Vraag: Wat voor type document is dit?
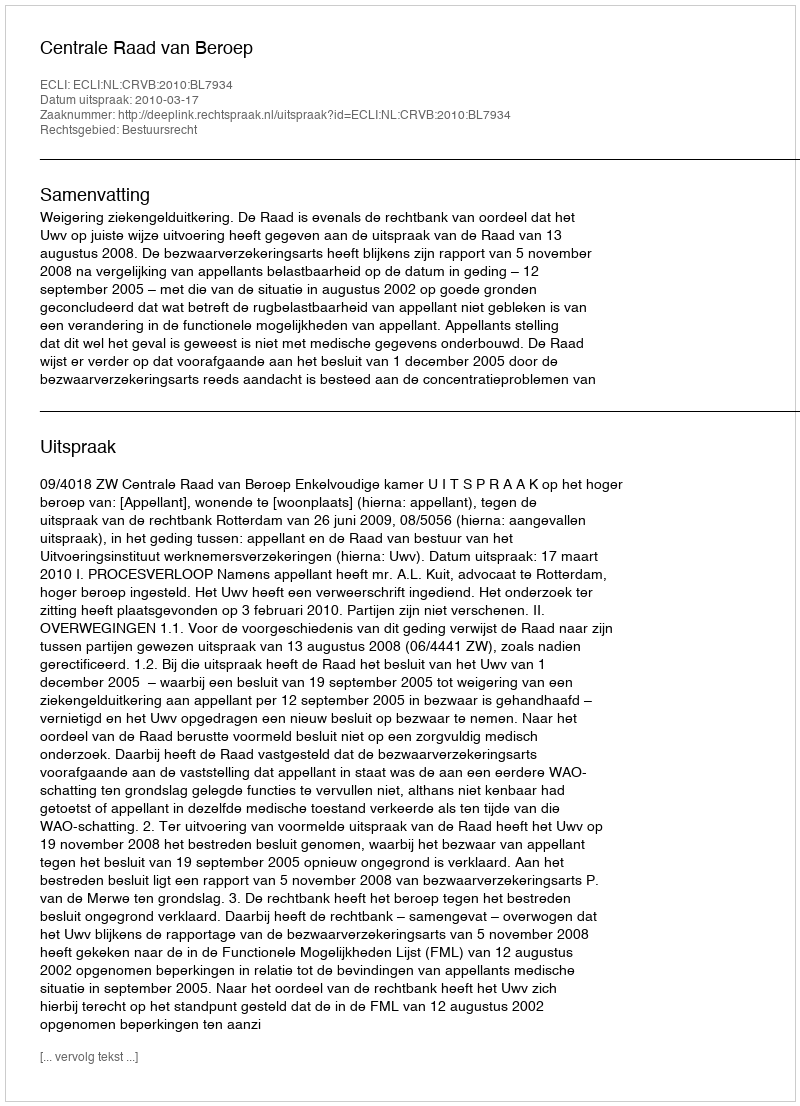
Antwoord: Uitspraak